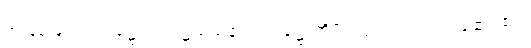
အဖြစ်ဖြင့်။ ပါဒဋ္ဌော၊ ပါဒဋ္ဌ မည်၏။ ပဒဋ္ဌောတိပိ၊ ဟူ၍လည်း။ ပါဌော၊ ၏။